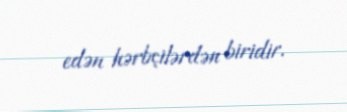
edən hərbçilərdən biridir.